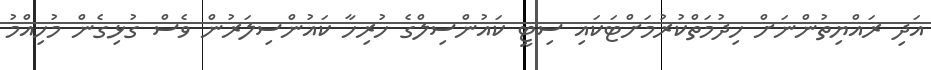
އަދި ރައްޔިތުންނަށް ހިދުމަތްކުރުމަށްޓަކައި ސިޓީ ކައުންސިލްގެ ހުރިހާ ކައުންސިލަރުން ވެސް ގުޅިގެން މުހިއްމު